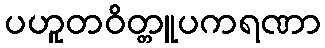
ပဟူတဝိတ္တူပကရဏာ